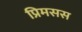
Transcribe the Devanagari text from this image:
प्रिमसस